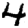
Digit: 4